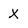
Character: X